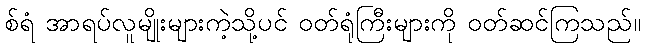
စ်ရံ အာရပ်လူမျိုးများကဲ့သို့ပင် ဝတ်ရုံကြီးများကို ဝတ်ဆင်ကြသည်။